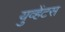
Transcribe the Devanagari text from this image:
युव्हेंटस